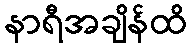
နာရီအချိန်ထိ